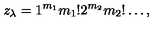
z _ { \lambda } = 1 ^ { m _ { 1 } } m _ { 1 } ! 2 ^ { m _ { 2 } } m _ { 2 } ! \dots ,